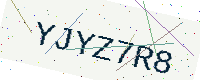
Text: YJYZ7R8